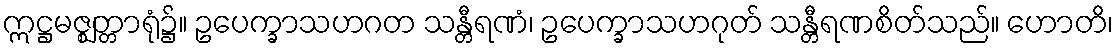
ဣဋ္ဌမဇ္ဈတ္တာရုံ၌။ ဥပေက္ခာသဟဂတ သန္တီရဏံ၊ ဥပေက္ခာသဟဂုတ် သန္တီရဏစိတ်သည်။ ဟောတိ၊